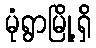
မုံရွာမြို့ရှိ